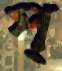
প্